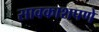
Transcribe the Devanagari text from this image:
सावकाशपणे